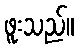
ဖူးသည်။